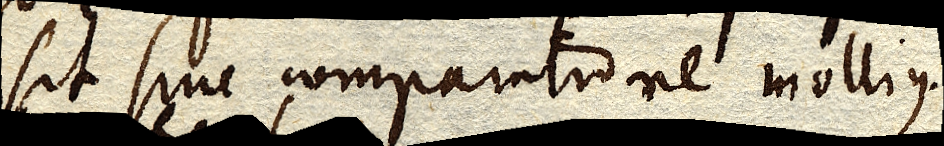
sit sine comparatione mollius.